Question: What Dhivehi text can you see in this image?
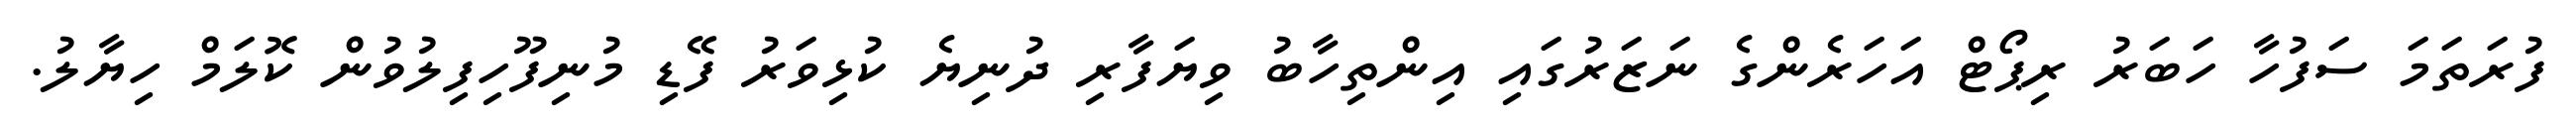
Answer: ފުރަތަމަ ސަފުހާ ހަބަރު ރިޕޯޓް އަހަރެންގެ ނަޒަރުގައި އިންތިހާބު ވިޔަފާރި ދުނިޔެ ކުޅިވަރު ފޭޑި މުނިފޫހިފިލުވުން ކޮލަމް ހިޔާލު.